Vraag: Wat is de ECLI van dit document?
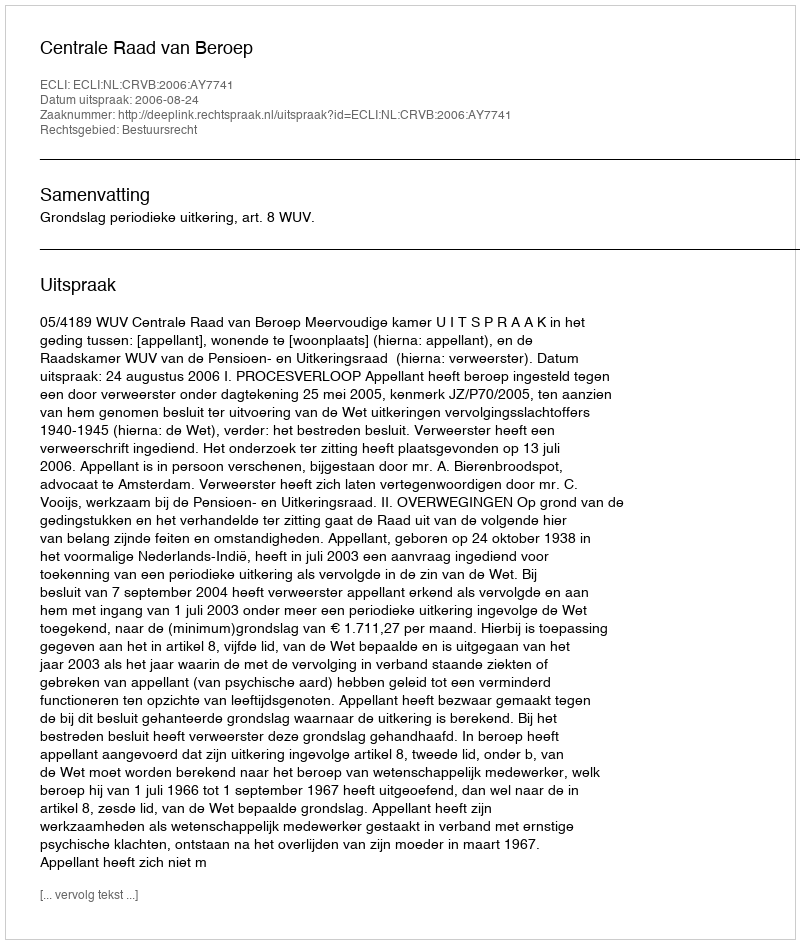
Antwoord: ECLI:NL:CRVB:2006:AY7741